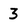
Character: 3